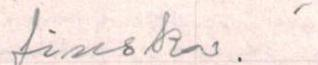
finska. ´